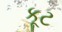
કૂટ